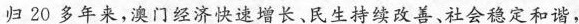
归20多年来，澳门经济快速增长、民生持续改善、社会稳定和谐，